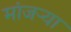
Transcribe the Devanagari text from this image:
मांजर्‍या